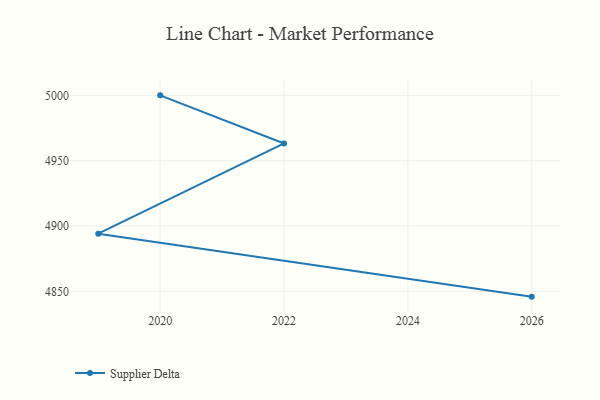
{"axis": {"x": "Year", "y": "Inventory Turnover"}, "legend": ["Supplier Delta"], "data": [{"x": "2026", "y": 4846.0, "type": "Supplier Delta"}, {"x": "2019", "y": 4894.2, "type": "Supplier Delta"}, {"x": "2022", "y": 4963.2, "type": "Supplier Delta"}, {"x": "2020", "y": 5000, "type": "Supplier Delta"}]}